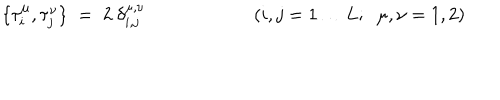
\{ \tau _ { i } ^ { \mu } , \tau _ { j } ^ { \nu } \} \; = \; 2 \ \delta _ { i , j } ^ { \mu , \nu } ( i , j = 1 \ldots L ; \; \; \mu , \nu = 1 , 2 )